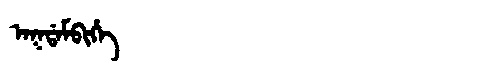
Manchu: ᠠᡴᡩᠠᠮᠪᡳᡥᡝ
Romanization: AKDAMBIHE